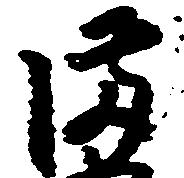
備